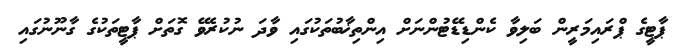
ޕާޓީގެ ޕްރައިމަރީން ބަލިވާ ކެންޑިޑޭޓުންނަށް އިންތިޚާބުތަކުގައި ވާދަ ނުކުރެވޭ ގޮތަށް ޕާޓީތަކުގެ ގާނޫނުގައި